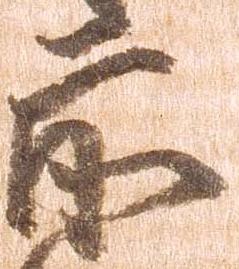
前